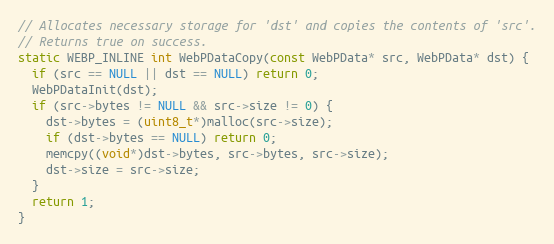
Language: C
// Allocates necessary storage for 'dst' and copies the contents of 'src'.
// Returns true on success.
static WEBP_INLINE int WebPDataCopy(const WebPData* src, WebPData* dst) {
  if (src == NULL || dst == NULL) return 0;
  WebPDataInit(dst);
  if (src->bytes != NULL && src->size != 0) {
    dst->bytes = (uint8_t*)malloc(src->size);
    if (dst->bytes == NULL) return 0;
    memcpy((void*)dst->bytes, src->bytes, src->size);
    dst->size = src->size;
  }
  return 1;
}